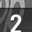
Digit: 2